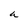
Character: a